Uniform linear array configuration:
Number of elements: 32
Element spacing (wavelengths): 1
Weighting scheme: uniform
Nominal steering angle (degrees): -60
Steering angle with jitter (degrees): -58.562
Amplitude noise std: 0.05
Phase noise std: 0.05

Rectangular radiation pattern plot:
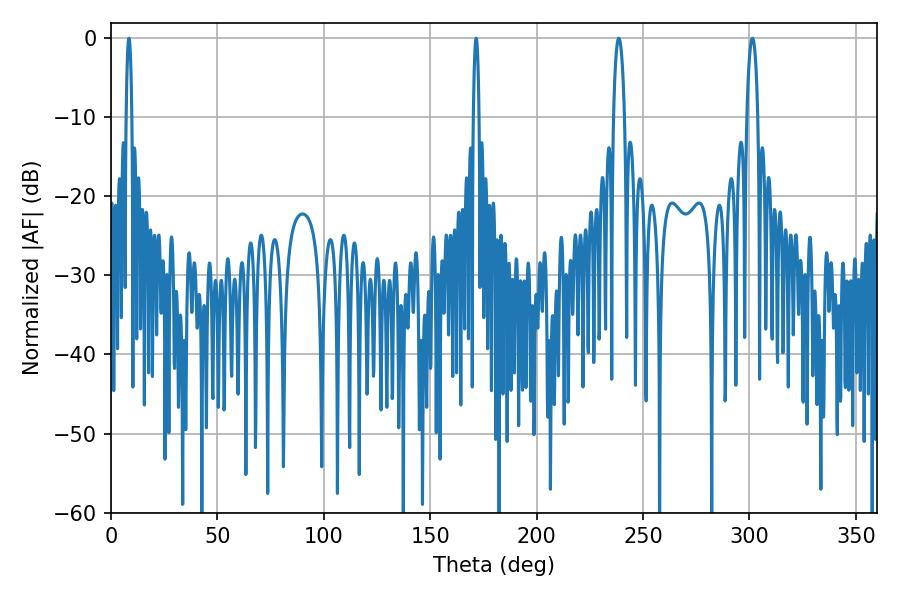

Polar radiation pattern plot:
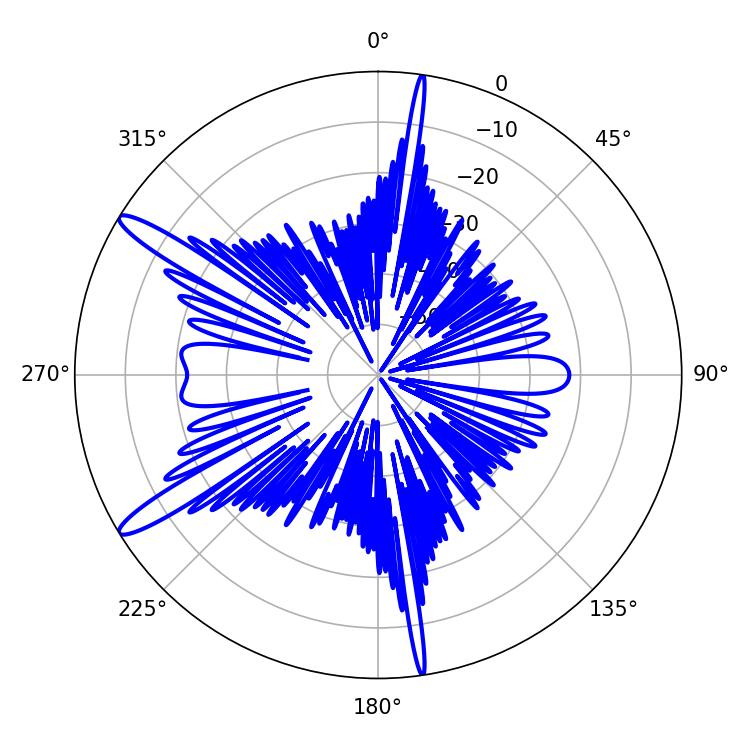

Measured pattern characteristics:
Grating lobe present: TRUE
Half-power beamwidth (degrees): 1.44
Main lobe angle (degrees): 171.54